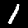
Digit: 1